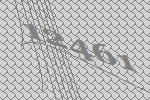
12461